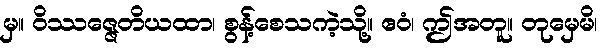
မှ။ ဝိဿဇ္ဇေတိယထာ၊ စွန့်စေသကဲ့သို့။ ဧဝံ၊ ဤအတူ။ တုမှေမိ၊